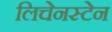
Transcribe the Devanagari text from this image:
लिचेनस्टेन